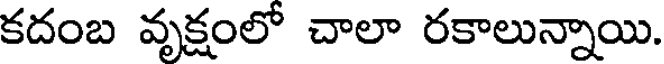
కదంబ వృక్షంలో చాలా రకాలున్నాయి.